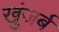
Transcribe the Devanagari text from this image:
खुंजर्ब